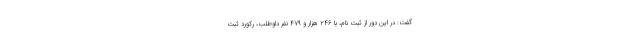
گفت: در این دور از ثبت نام، با ۲۴۶ هزار و ۴۷۹ نفر داوطلب، رکورد ثبت